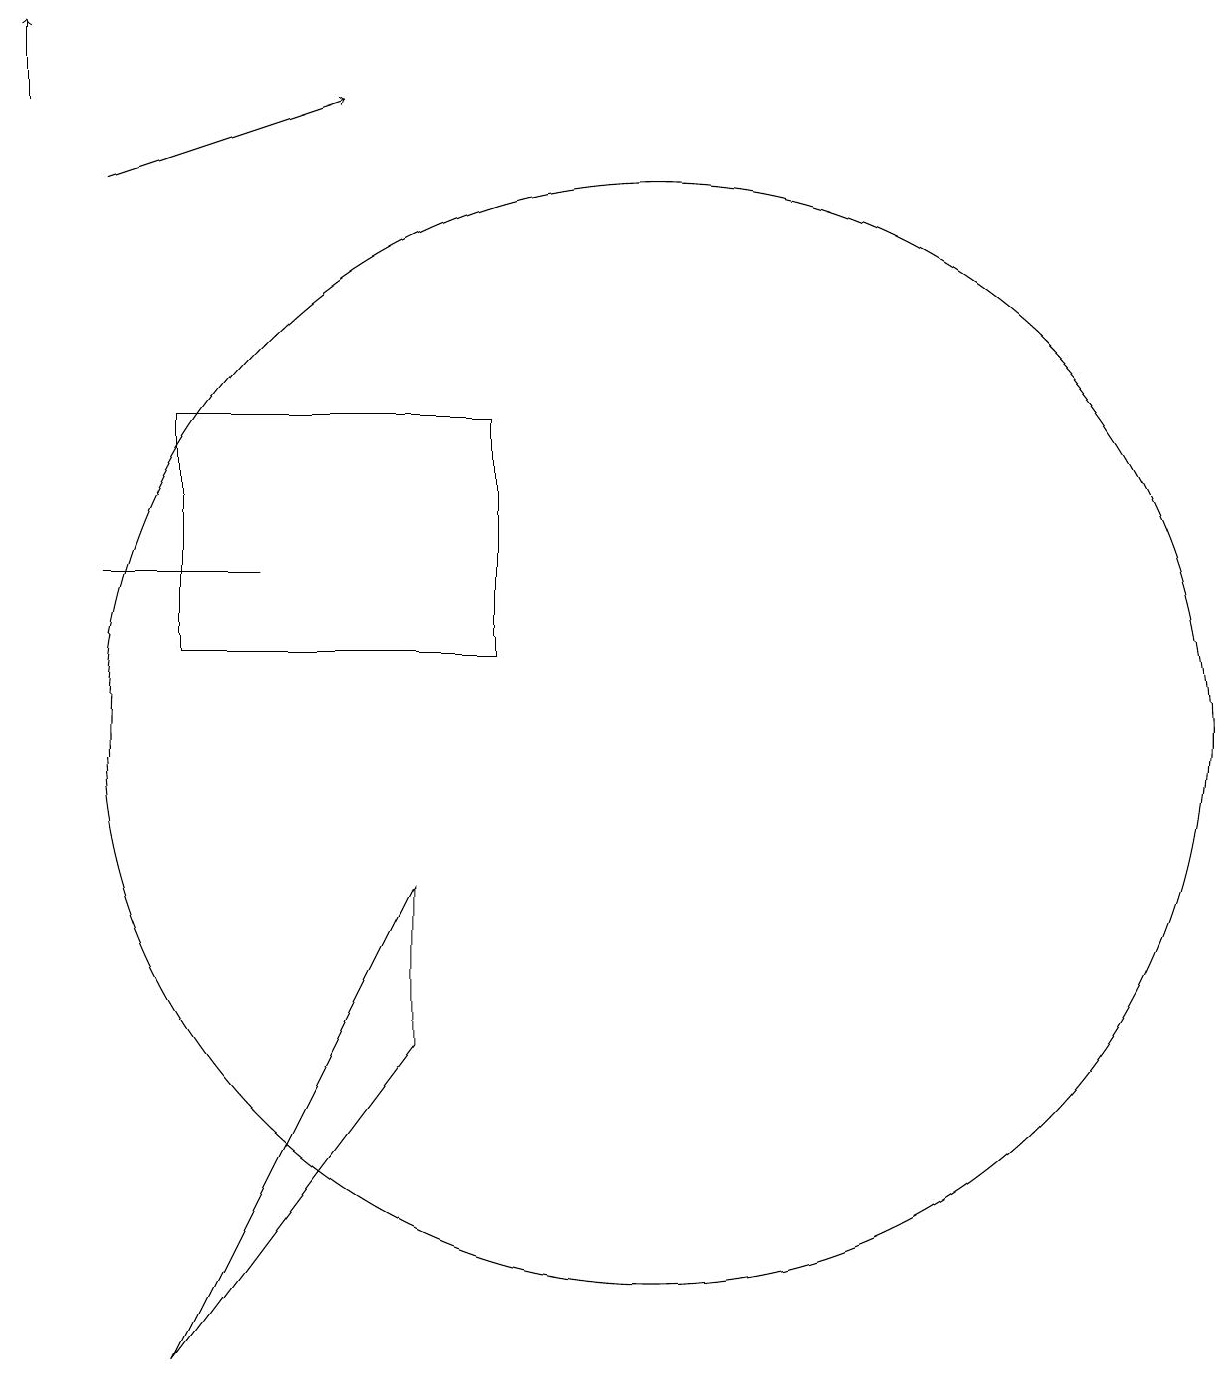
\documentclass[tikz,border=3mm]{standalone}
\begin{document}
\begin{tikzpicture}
\draw (11,10) circle (7);
\draw[->] (4,17) -- (7,18);
\draw (4,12) rectangle (6,12);
\draw (5,2) -- (8,6) -- (8,8) -- cycle;
\draw[->] (3,18) -- (3,19);
\draw (9,11) rectangle (5,14);
\draw (10,12) circle (0);
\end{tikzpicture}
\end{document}